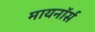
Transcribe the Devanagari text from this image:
मायनॉर्स